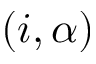
( i , \alpha )